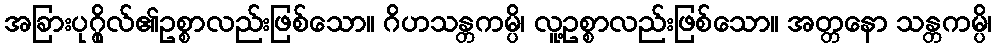
အခြားပုဂ္ဂိုလ်၏ဥစ္စာလည်းဖြစ်သော။ ဂိဟသန္တကမ္ပိ၊ လူ့ဥစ္စာလည်းဖြစ်သော။ အတ္တနော သန္တကမ္ပိ၊